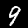
Digit: 9